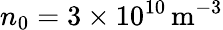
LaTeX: n_{0}=3\times 10^{10}\, \mathrm{m^{-3}}